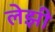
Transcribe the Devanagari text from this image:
लेझी